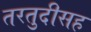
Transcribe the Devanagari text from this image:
तरतुदीसह